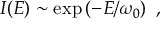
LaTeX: { \cal I } ( E ) \sim \exp \left( - E / \omega _ { 0 } \right) \ ,